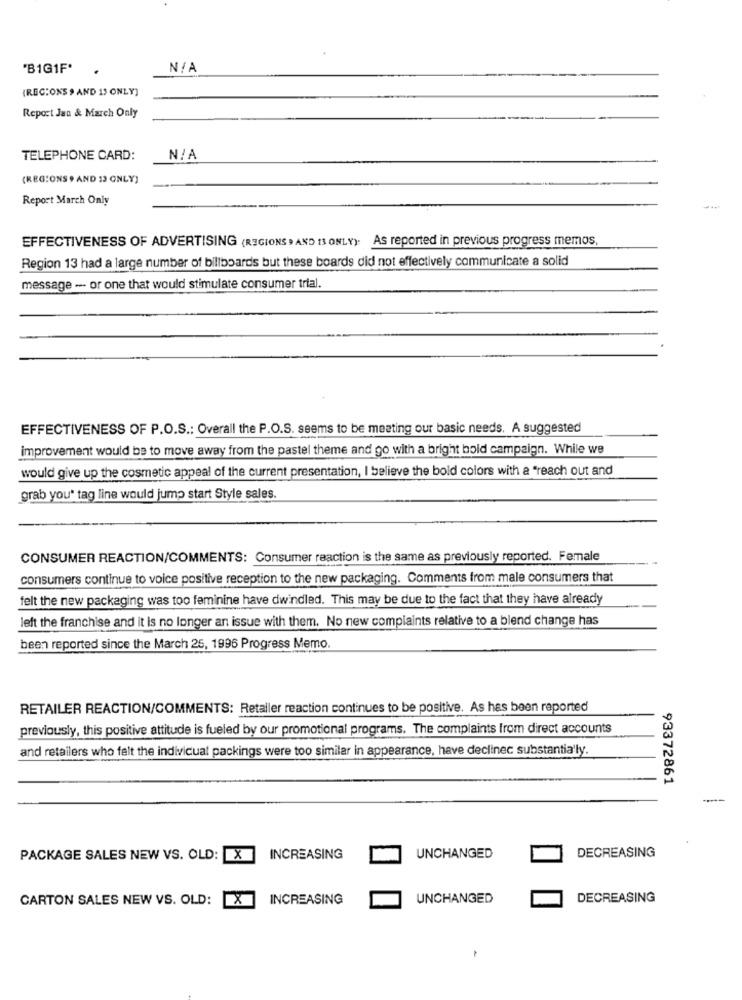
'B1G1F*
{REC:ONS 9 AND 13 ONLY)
Report Jan & March Only
TELEPHONE CARD:
(REGIONS , AND 13 ONLY)
Report March Only
EFFECTIVENESS OF ADVERTISING (REGIONS , AND IS ONLY): As reported in previous progress memos,
Region 13 had a large number of billboards but these boards did not effectively communicate a solid
message -- or one that would stimulate consumer trial.
EFFECTIVENESS OF P.O.S .: Overall the P.O.S. seems to be meeting our basic needs. A suggested
improvement would be to move away from the pastel theme and go with a bright bold campaign. While we
would give up the cosmetic appeal of the current presentation, I believe the bold colors with a "reach out and
grab you' tag line would jump start Style sales.
CONSUMER REACTION/COMMENTS: Consumer reaction is the same as previously reported. Female
consumers continue to voice positive reception to the new packaging. Comments from male consumers that
felt the new packaging was too feminine have dwindled. This may be due to the fact that they have already
left the franchise and it is no longer an issue with them. No new complaints relative to a blend change has
been reported since the March 25, 1996 Progress Memo.
RETAILER REACTION/COMMENTS: Retaller reaction continues to be positive. As has been reported
previously, this positive attitude is fueled by our promotional programs. The complaints from direct accounts
and retailers who felt the individual packings were too similar in appearance, have declinec substantially.
93372861
UNCHANGED
PACKAGE SALES NEW VS. OLD:
X
INCREASING
DECREASING
CARTON SALES NEW VS. OLD:
X
INCREASING
UNCHANGED
DECREASING